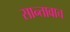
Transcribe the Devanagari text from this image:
सान्तावाच